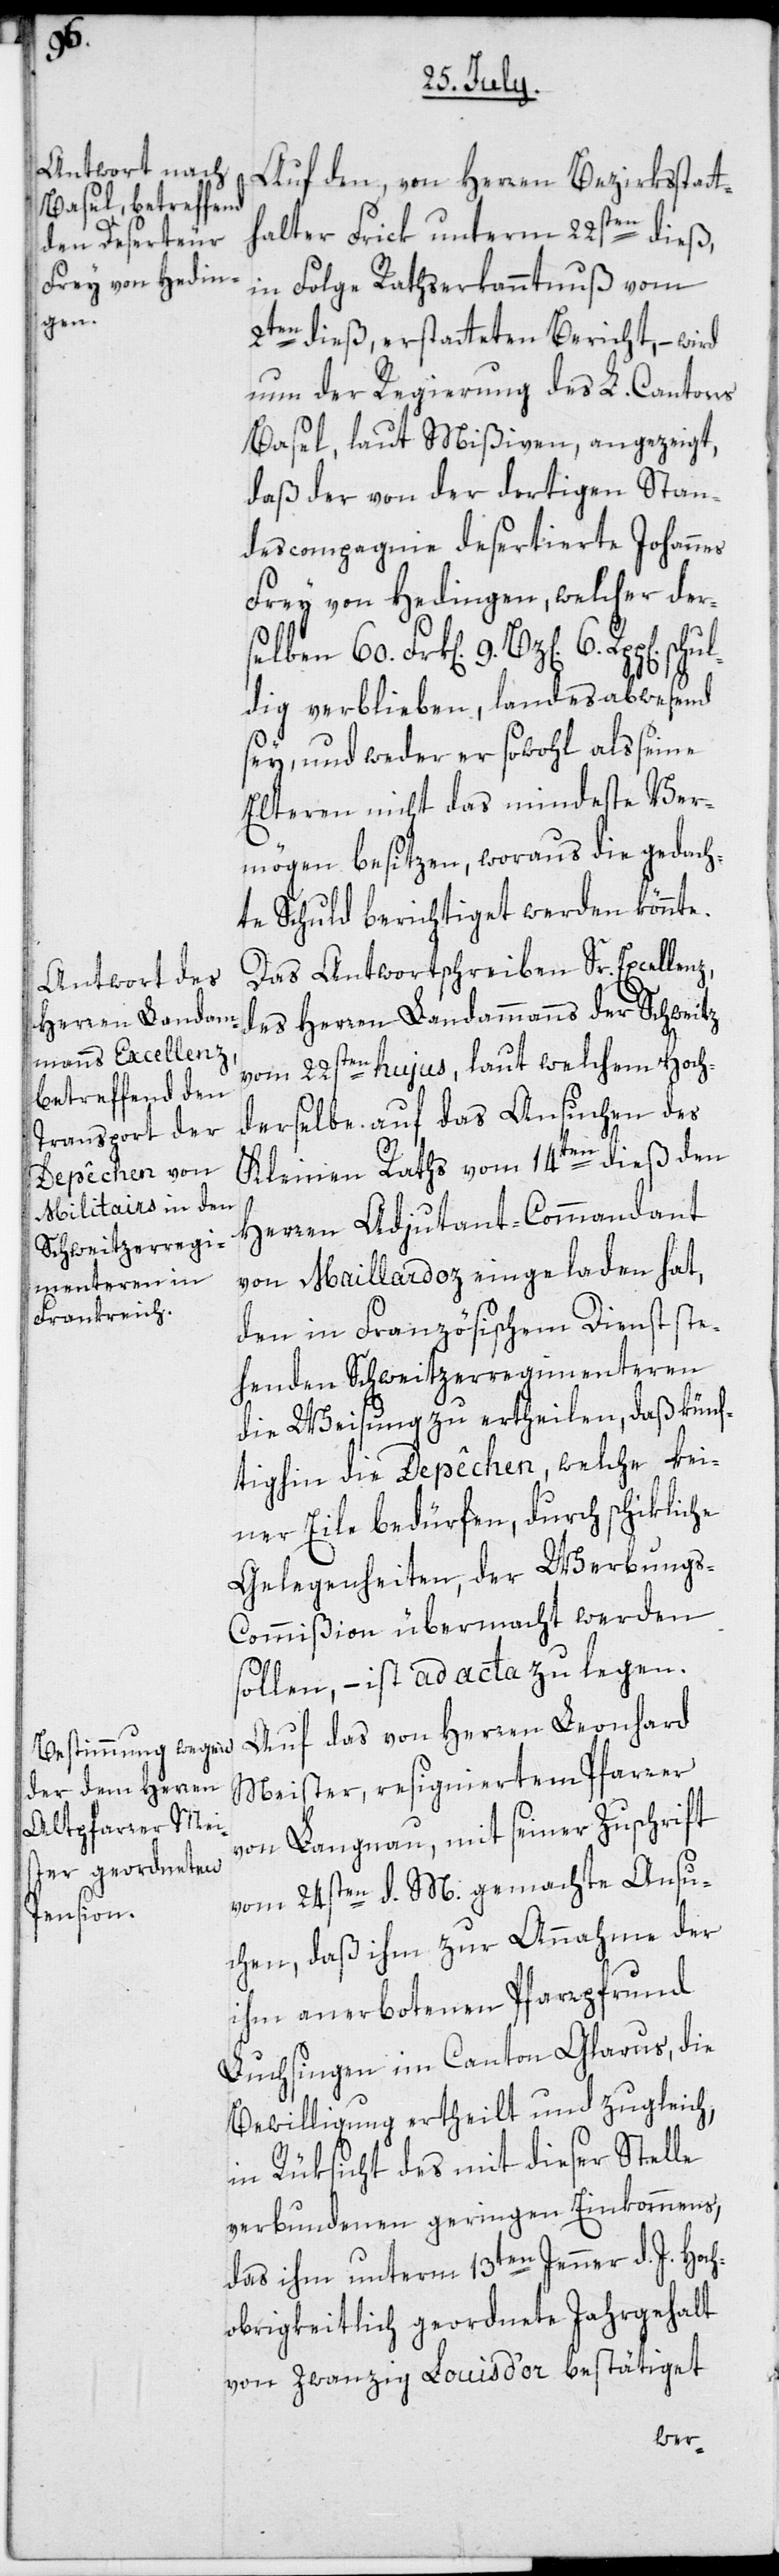
schul¬

Auf den, von Herren Bezirksstatt¬
halter Frick unterm 22sten dieß,
in Folge Rathserkanntnuß vom
2ten dieß, erstatteten Bericht, – wird
nun der Regierung des L. Cantons
Basel, laut Mißiven, angezeigt,
daß der von der dortigen Stan¬
descompagnie desertierte Johannes
Frey von Hedingen, welcher der¬
selben 60. Frk[en.] 9. Bz[en].
dig verblieben, landesabwesend
sey, und weder er sowohl als seine
Elteren nicht das mindeste Ver¬
mögen besitzen, woraus die gedach¬
te Schuld berichtiget werden könnte.
Das Antwortschreiben Sr. Excellenz,
des Herren Landammanns der Schweitz
vom 22sten hujus, laut welchem Hoch¬
derselbe auf das Ansuchen des
Kleinen Raths vom 14ten dieß den
Herren Adjutant-Commandant
von Maillardoz eingeladen hat,
den in Französischem Dienst ste¬
henden Schweitzerregimenteren
die Weisung zu ertheilen, daß künf¬
tighin die Depêchen, welche kei¬
ner Eile bedürfen, durch schikliche
Gelegenheiten, der Werbungs-C¬
ommißion übermacht werden
sollen, – ist ad acta zu legen.
Auf das von Herren Leonhard
Meister, resigniertem Pfarrer
von Langnau, mit seiner Zuschrift
vom 24sten d. M. gemachte Ansu¬
chen, daß ihm zur Annahme der
ihm anerbotenen Pfarrpfrund
Luchsingen im Canton Glarus, die
Bewilligung ertheilt und zugleich,
in Rüksicht des mit dieser Stelle
verbundenen geringen Einkommens,
das ihm unterm 13ten Jenner d.J. Hoch¬
obrigkeitlich geordnete Jahrgehalt
von zwanzig Louis d’or bestätiget